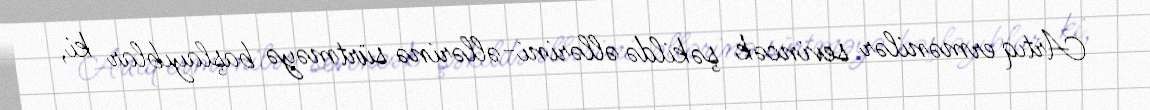
Artıq ermənilər sevincək şəkildə əllərini-əllərinə sürtməyə başlayıblar ki,